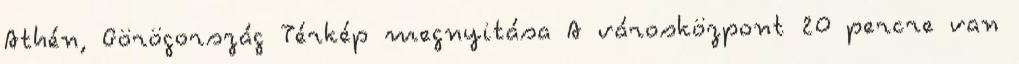
Athén, Görögország Térkép megnyitása A városközpont 20 percre van